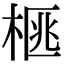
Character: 𭪜